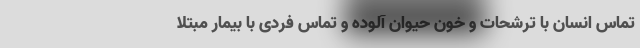
تماس انسان با ترشحات و خون حیوان آلوده و تماس فردی با بیمار مبتلا